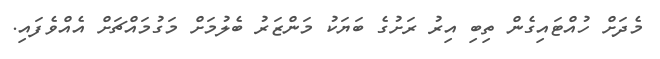
މެދަށް ހުއްޓައިގެން ތިބި އިރު ރަށުގެ ބަޔަކު މަންޒަރު ބެލުމަށް މަގުމައްޗަށް އެއްވެފައި.